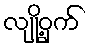
လျို့ဝှက်